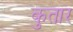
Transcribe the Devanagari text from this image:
कुतार